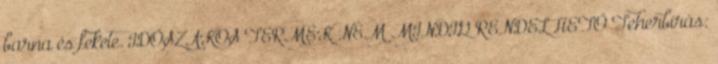
barna és fekete. IDŐSZAKOS TERMÉK NEM MINDIG RENDELHETŐ Teherbírás: